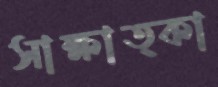
সাক্ষাত্কা